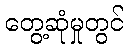
တွေ့ဆုံမှုတွင်